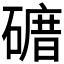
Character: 𥕒